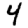
Digit: 4